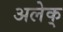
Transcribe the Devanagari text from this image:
अलेक्